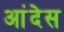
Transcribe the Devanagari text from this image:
आंदेस